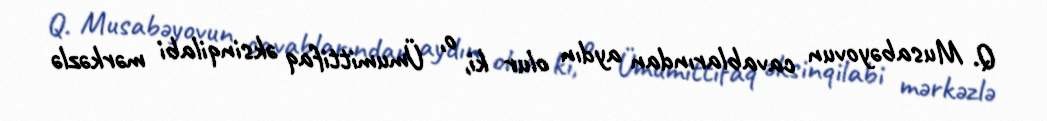
Q. Musabəyovun cavablarından aydın olur ki, o, Ümumittifaq əksinqilabi mərkəzlə